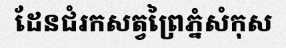
ដែនជំរកសត្វព្រៃភ្នំសំកុស